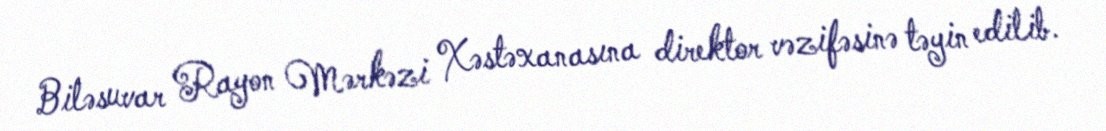
Biləsuvar Rayon Mərkəzi Xəstəxanasına direktor vəzifəsinə təyin edilib.